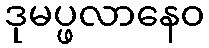
ဒုမပ္ဖလာနေဝ